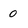
Character: o